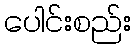
ပေါင်းစည်း